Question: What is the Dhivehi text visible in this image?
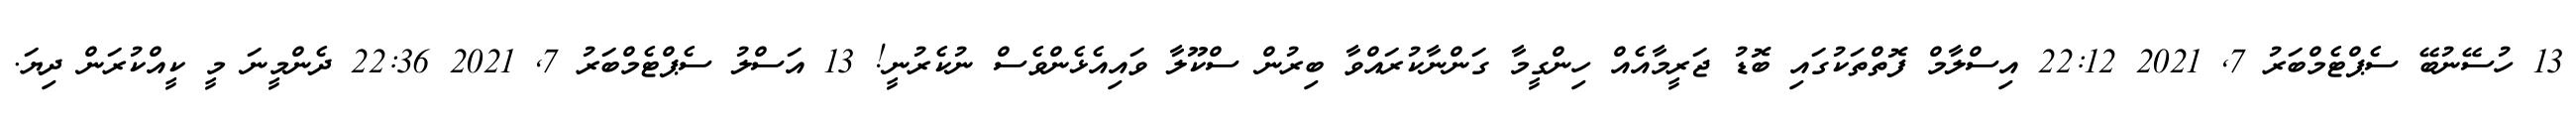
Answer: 13 ހުސޭނުބޭ ސެޕްޓެމްބަރު 7, 2021 22:12 އިސްލާމް ފޮތްތަކުގައި ބޮޑު ޖަރީމާއެއް ހިންގީމާ ގަންނާކުރައްވާ ބިރުން ސްކޫލާ ވައިއެޅެންވެސް ނުކެރުނީ! 13 އަސްލު ސެޕްޓެމްބަރު 7, 2021 22:36 ދެންމީނަ މީ ކީއްކުރަން ދިޔަ.